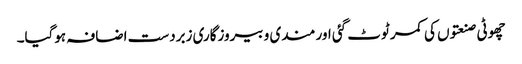
چھوٹی صنعتوں کی کمر ٹوٹ گئی اور مندی و بیروزگاری زبردست اضافہ ہوگیا۔